Source: Handwritten
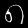
Digit: ၈ (8)